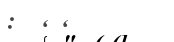
: